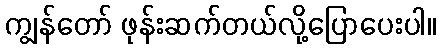
ကျွန်တော် ဖုန်းဆက်တယ်လို့ပြောပေးပါ။